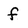
Character: f